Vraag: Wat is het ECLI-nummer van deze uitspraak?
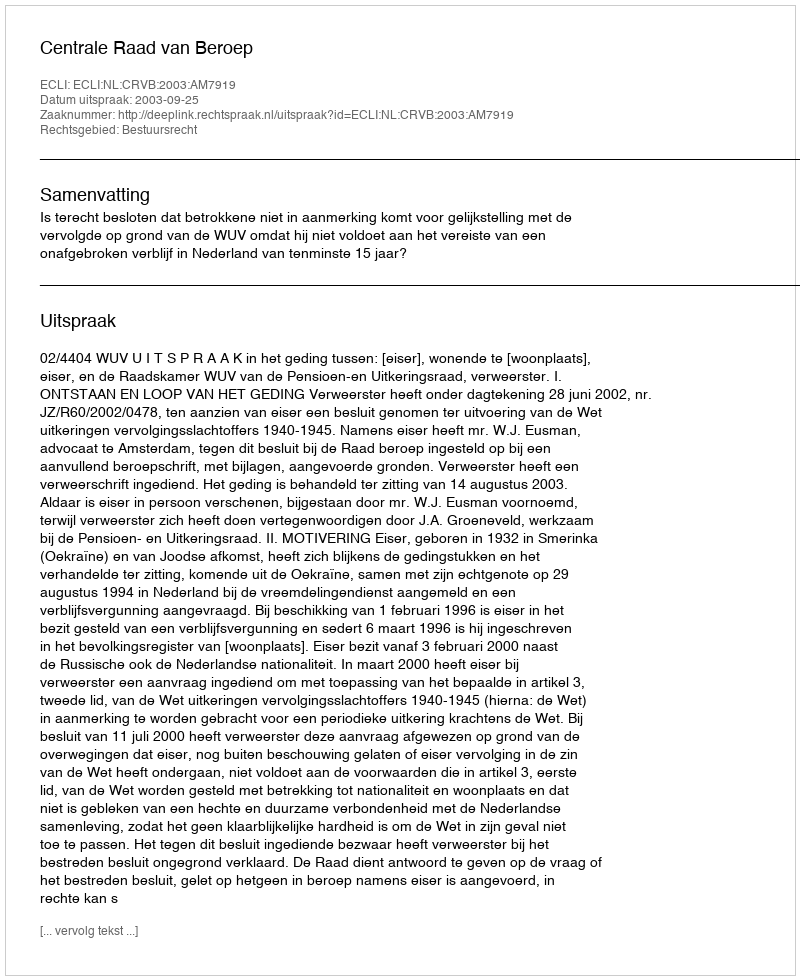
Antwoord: ECLI:NL:CRVB:2003:AM7919